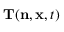
\mathbf { T } ( \mathbf { n } , \mathbf { x } , t )